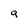
Character: a